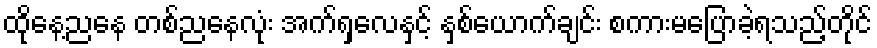
ထိုနေ့ညနေ တစ်ညနေလုံး အက်ရှလေနှင့် နှစ်ယောက်ချင်း စကားမပြောခဲ့ရသည့်တိုင်